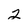
Character: 2